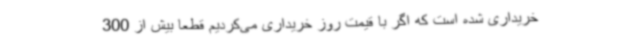
خریداری شده است که اگر با قیمت روز خریداری می‌کردیم قطعاً بیش از 300